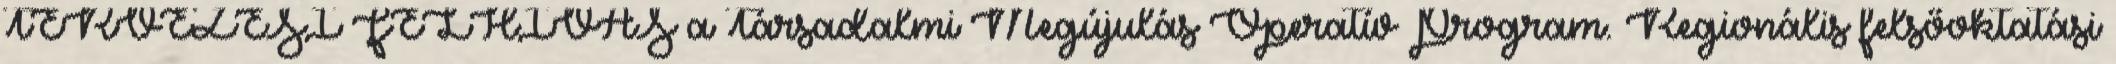
TERVEZÉSI FELHÍVÁS a Társadalmi Megújulás Operatív Program. Regionális felsőoktatási